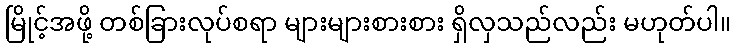
မြိုင့်အဖို့ တစ်ခြားလုပ်စရာ များများစားစား ရှိလှသည်လည်း မဟုတ်ပါ။